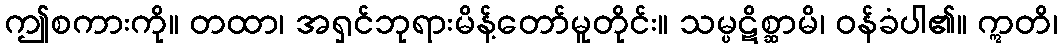
ဤစကားကို။ တထာ၊ အရှင်ဘုရားမိန့်တော်မူတိုင်း။ သမ္ပဋိစ္ဆာမိ၊ ဝန်ခံပါ၏။ ဣတိ၊